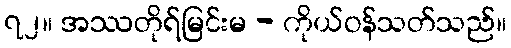
၇၂။ အဿတိုရ်မြင်းမ - ကိုယ်ဝန်သတ်သည်။